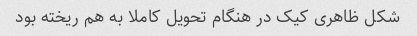
شکل ظاهری کیک در هنگام تحویل کاملا به هم ریخته بود